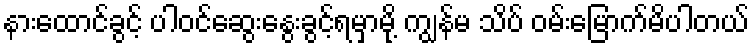
နားထောင်ခွင့် ပါဝင်ဆွေးနွေးခွင့်ရမှာမို့ ကျွန်မ သိပ် ဝမ်းမြောက်မိပါတယ်